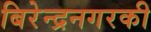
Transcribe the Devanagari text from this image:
बिरेन्द्रनगरकी